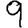
Digit: 9